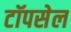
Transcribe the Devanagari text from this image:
टॉपसेल